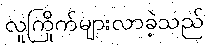
လူကြိုက်များလာခဲ့သည်